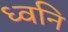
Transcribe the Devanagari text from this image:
ध्‍वनि